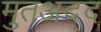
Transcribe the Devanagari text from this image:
मुतअद्द